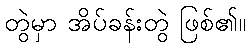
တွဲမှာ အိပ်ခန်းတွဲ ဖြစ်၏။